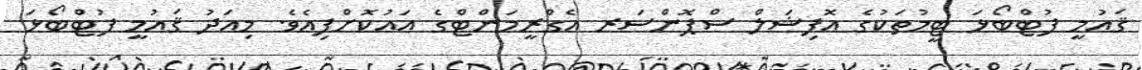
ޤައުމީ ފުޓްބޯޅަ ޓީމުތަކުގެ އޮފިޝަލް ސްޕޮންސަރ އެގްރީމަންޓްގެ އައުކޮށްފިއެވެ. މިއަދު ޤައުމީ ފުޓްބޯޅަ